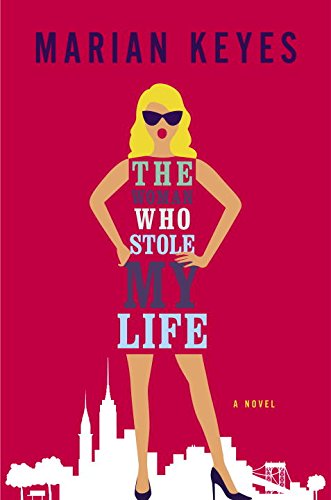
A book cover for The Woman Who Stole My Life: A Novel; Marian Keyes; Literature & Fiction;